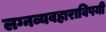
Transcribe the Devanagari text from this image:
लग्नव्यवहाराविषयी